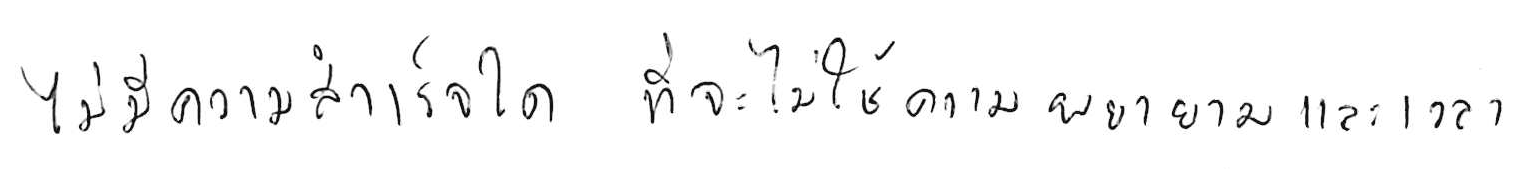
ไม่มีความสำเร็จใด ที่จะไม่ใช้ความพยายามและเวลา